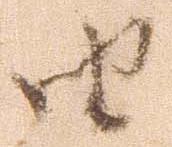
由